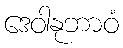
ဒေဝါနုဘာဝံ